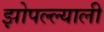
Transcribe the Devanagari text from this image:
झोपल्ल्याली